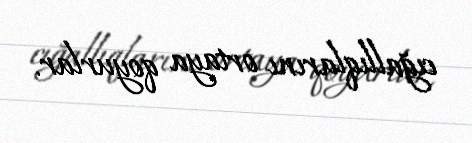
cığallıqlarını ortaya qoyurlar.